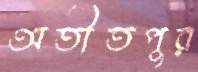
অতীতপুর